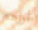
أراهم